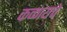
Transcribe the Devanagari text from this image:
कळायचे